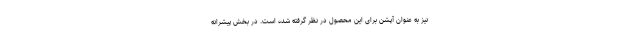
نیز به عنوان آپشن برای این محصول در نظر گرفته شده است. در بخش پیشرانه